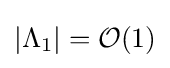
|\Lambda _{1}|={\mathcal {O}}(1)